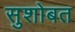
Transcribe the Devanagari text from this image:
सुशोबत